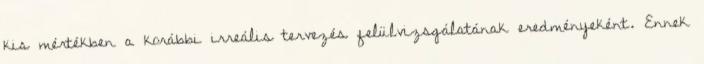
kis mértékben a korábbi irreális tervezés felülvizsgálatának eredményeként. Ennek